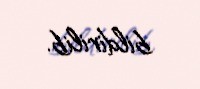
bildirilib.